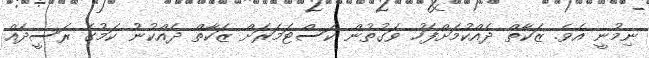
ނިމުނީ އެވެ. ޒަކާތް ދެއްކުމަށްފަހު ވަގުތުން ކަސްޓަމަރަށް ޒަކާތް ދެއްކުނު ކަމުގެ ރަސީދެއް